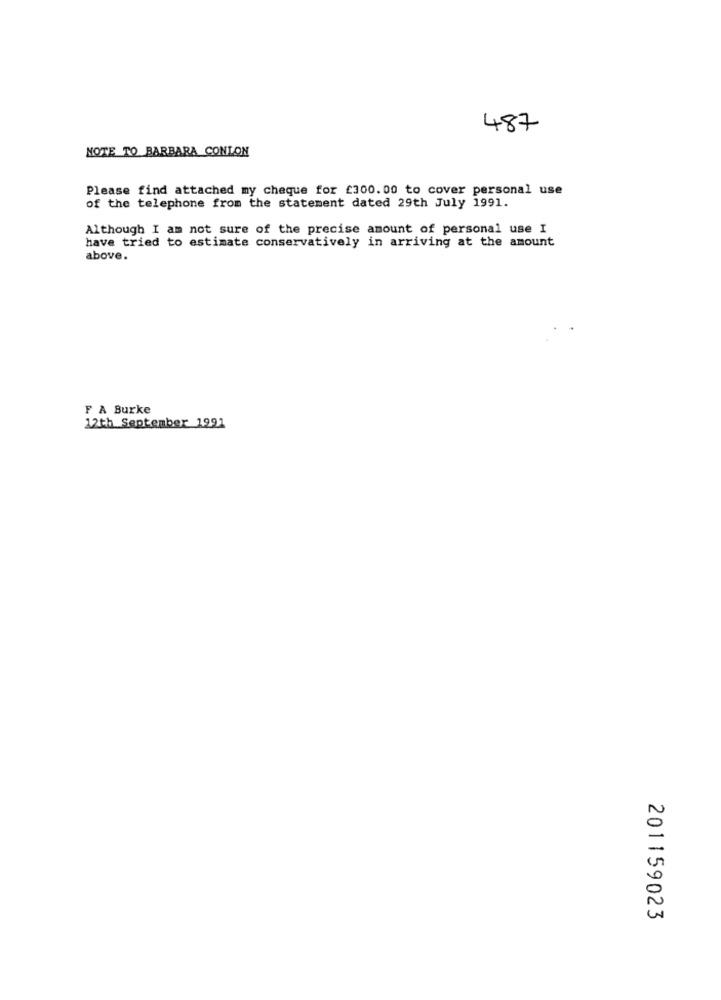
487
NOTE TO BARBARA CONLON
Please find attached my cheque for £300.00 to cover personal use
of the telephone from the statement dated 29th July 1991.
Although I am not sure of the precise amount of personal use I
have tried to estimate conservatively in arriving at the amount
above.
F A Burke
12th September 1991
201159023